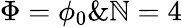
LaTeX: \Phi=\phi_{0}\& \mathbb{N}=4